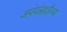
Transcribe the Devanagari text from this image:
अपंगांसाठीच्या